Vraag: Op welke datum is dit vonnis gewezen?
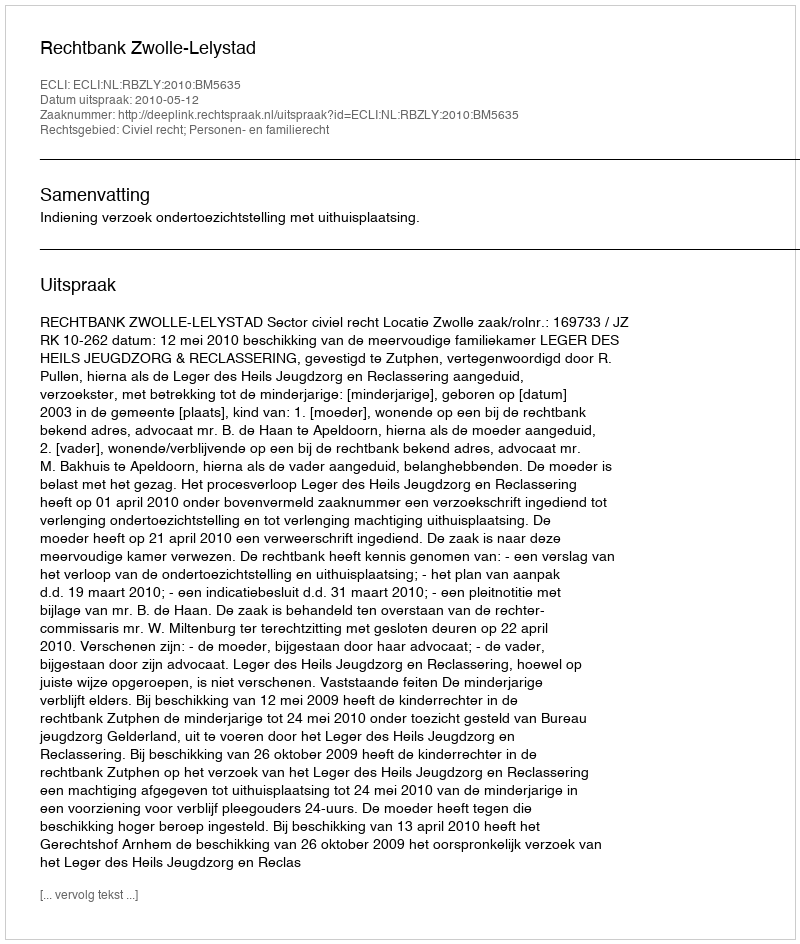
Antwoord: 2010-05-12